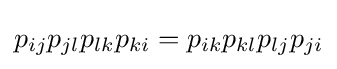
p_{ij}p_{jl}p_{lk}p_{ki}=p_{ik}p_{kl}p_{lj}p_{ji}